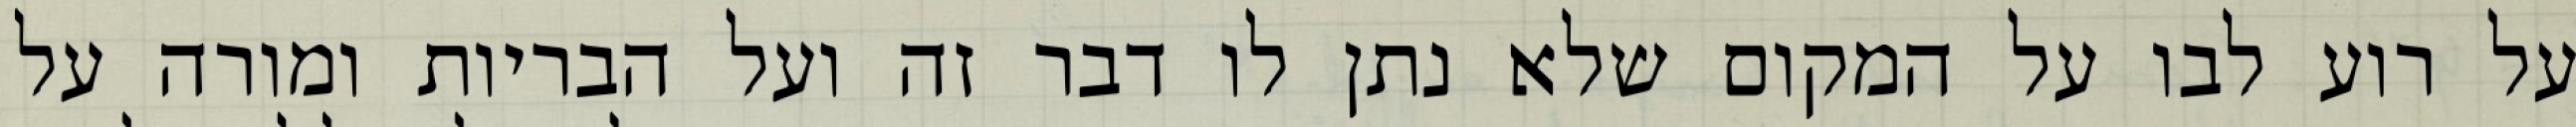
על רוע לבו על המקום שלא נתן לו דבר זה ועל הבריות ומורה על